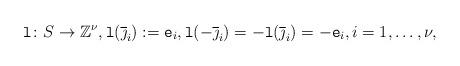
LaTeX: \begin{align*}\mathtt{l}\colon S \to \mathbb{Z}^{\nu}, \mathtt{l}(\overline{\jmath}_i):=\mathtt{e}_i, \mathtt{l}(-\overline{\jmath}_i)=-\mathtt{l}(\overline{\jmath}_i)=-\mathtt{e}_i, i=1,\dots, \nu,\end{align*}